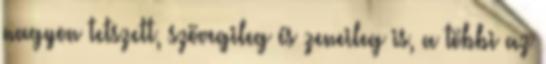
nagyon tetszett, szövegileg és zeneileg is, a többi az